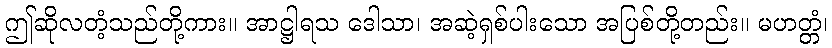
ဤဆိုလတံ့သည်တို့ကား။ အာဋ္ဌါရသ ဒေါသာ၊ အဆဲ့ရှစ်ပါးသော အပြစ်တို့တည်း။ မဟတ္တံ၊